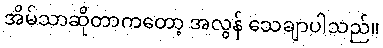
အိမ်သာဆိုတာကတော့ အလွန် သေချာပါသည်။